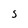
Character: s